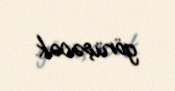
görüşəcək.